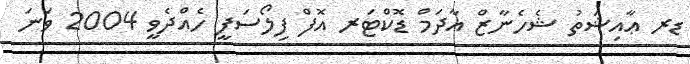
ޑރ ޢާއިޝަތު ޝެހެނާޒް އާދަމް ޑޮކްޓަރ އޮފް ފިލޯސަފީ ހެއްދެވީ 2004 ވަނަ